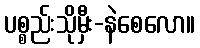
ပစ္စည်းသိုမှီး-နဲစေလော။